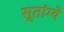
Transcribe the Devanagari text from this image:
सूतांग्ये